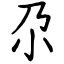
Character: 尕